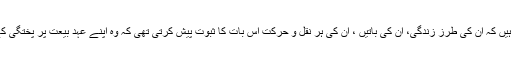
صدر لجنہ اماء اللہ امریکہ سسٹر عالیہ کے بارے میں لکھتی ہیں کہ ان کی طرز زندگی، ان کی باتیں ، ان کی ہر نقل و حرکت اس بات کا ثبوت پیش کرتی تھی کہ وہ اپنے عہدِ بیعت پر پختگی کے ساتھ عمل پیرا تھیں جو انہوں نے 76 سال پہلے باندھا تھا۔